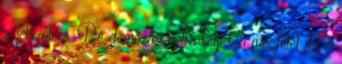
a jelszót is. De demózási célra teljesen megfelel Ha